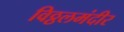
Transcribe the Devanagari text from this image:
विठ्ठलमंदीर